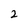
Character: 2